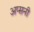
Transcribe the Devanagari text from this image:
अप्सनी